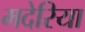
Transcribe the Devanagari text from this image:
मदेरिया